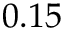
0 . 1 5